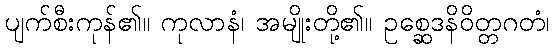
ပျက်စီးကုန်၏။ ကုလာနံ၊ အမျိုးတို့၏။ ဥစ္ဆေဒနိဝိတ္တဂတံ၊